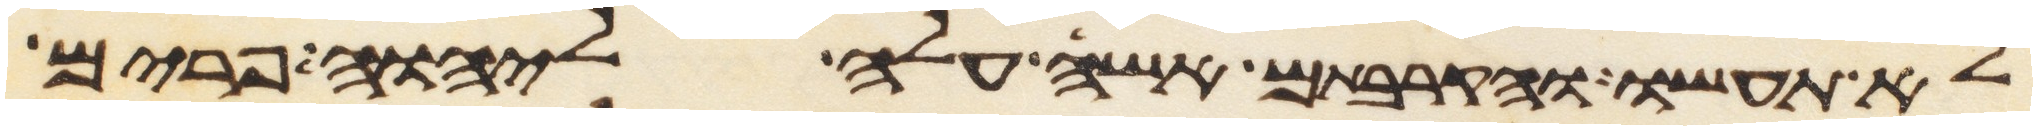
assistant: לא תעשו והקרבתם אשה עלה ליהוה פרים